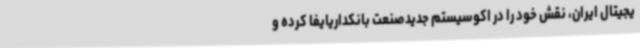
یجیتال ایران، نقش خود را در اکوسیستم جدیدصنعت بانکداریایفا کرده و